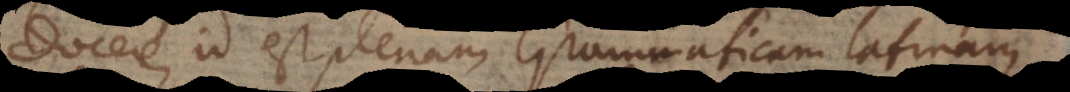
docere, id est plenam Grammaticam latinam